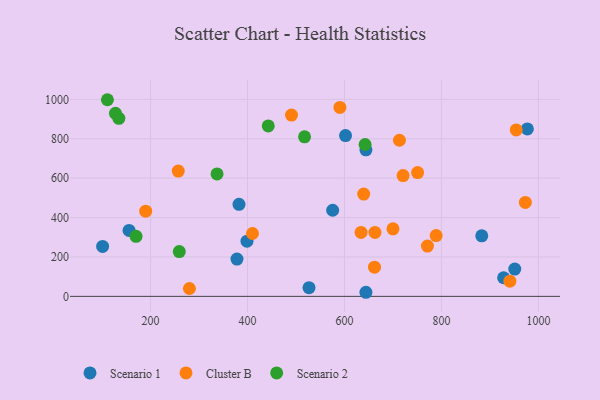
{"axis": {"x": "Investment", "y": "Sales"}, "legend": ["Cluster B", "Scenario 1", "Scenario 2"], "data": [{"x": "951.3", "y": 138.6, "type": "Scenario 1"}, {"x": "977.3", "y": 849.7, "type": "Scenario 1"}, {"x": "644.3", "y": 743.5, "type": "Scenario 1"}, {"x": "883.2", "y": 307.5, "type": "Scenario 1"}, {"x": "928.3", "y": 94.5, "type": "Scenario 1"}, {"x": "575.7", "y": 437.2, "type": "Scenario 1"}, {"x": "101.2", "y": 253.4, "type": "Scenario 1"}, {"x": "644.3", "y": 20.8, "type": "Scenario 1"}, {"x": "399.0", "y": 279.9, "type": "Scenario 1"}, {"x": "382.5", "y": 467.3, "type": "Scenario 1"}, {"x": "602.2", "y": 816.2, "type": "Scenario 1"}, {"x": "378.3", "y": 189.5, "type": "Scenario 1"}, {"x": "155.7", "y": 334.9, "type": "Scenario 1"}, {"x": "526.9", "y": 44.3, "type": "Scenario 1"}, {"x": "410.3", "y": 319.1, "type": "Cluster B"}, {"x": "973.1", "y": 476.9, "type": "Cluster B"}, {"x": "662.0", "y": 148.3, "type": "Cluster B"}, {"x": "954.3", "y": 844.9, "type": "Cluster B"}, {"x": "634.3", "y": 324.5, "type": "Cluster B"}, {"x": "639.7", "y": 519.3, "type": "Cluster B"}, {"x": "789.1", "y": 308.8, "type": "Cluster B"}, {"x": "720.9", "y": 613.1, "type": "Cluster B"}, {"x": "750.9", "y": 628.5, "type": "Cluster B"}, {"x": "280.2", "y": 39.9, "type": "Cluster B"}, {"x": "771.2", "y": 255.3, "type": "Cluster B"}, {"x": "590.6", "y": 958.8, "type": "Cluster B"}, {"x": "941.2", "y": 77.3, "type": "Cluster B"}, {"x": "257.2", "y": 636.1, "type": "Cluster B"}, {"x": "700.1", "y": 343.0, "type": "Cluster B"}, {"x": "490.8", "y": 920.1, "type": "Cluster B"}, {"x": "713.4", "y": 792.4, "type": "Cluster B"}, {"x": "662.9", "y": 324.3, "type": "Cluster B"}, {"x": "190.0", "y": 432.5, "type": "Cluster B"}, {"x": "517.7", "y": 809.6, "type": "Scenario 2"}, {"x": "127.7", "y": 928.8, "type": "Scenario 2"}, {"x": "170.1", "y": 304.9, "type": "Scenario 2"}, {"x": "442.8", "y": 864.8, "type": "Scenario 2"}, {"x": "337.2", "y": 621.2, "type": "Scenario 2"}, {"x": "642.6", "y": 770.7, "type": "Scenario 2"}, {"x": "111.1", "y": 998.0, "type": "Scenario 2"}, {"x": "134.7", "y": 903.5, "type": "Scenario 2"}, {"x": "259.3", "y": 227.3, "type": "Scenario 2"}]}